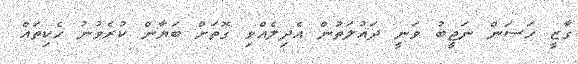
ގާޒީ ހަސަން ނަޖީބު ވަނީ ދައުލަތުން އެދިލެއްވި ގޮތަށް ބަޔާން ކުރެވުނު ހެކިތައް